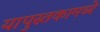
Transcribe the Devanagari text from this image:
यापुस्तकामध्ये